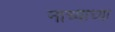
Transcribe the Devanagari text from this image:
नाच्याच्या